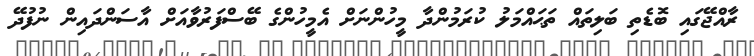
ރާއްޖޭގައި ބޮޑެތި ބަލިތައް ތަޙައްމަލު ކުރަމުންދާ މީހުންނަށް އެމީހުންގެ ބޭސްފަރުވާއަށް އާސަންދައިން ނުފުދޭ